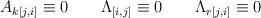
LaTeX: \begin{align*}A_{k[j,i]}\equiv 0\qquad \Lambda _{[i,j]}\equiv 0\qquad \Lambda_{r[j,i]}\equiv 0\end{align*}